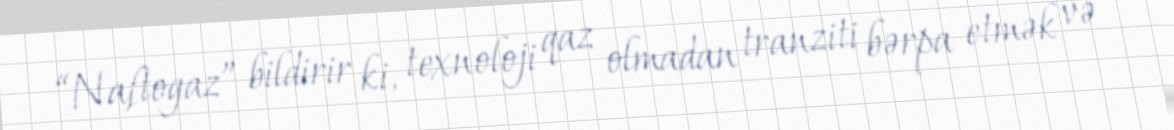
“Naftogaz” bildirir ki, texnoloji qaz olmadan tranziti bərpa etmək və